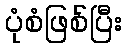
ပုံစံဖြစ်ပြီး